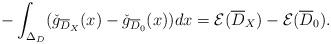
LaTeX: \begin{align*}-\int_{\Delta_D}(\check{g}_{{\overline{D}}_X}(x)-\check{g}_{{\overline{D}_0}}(x))dx=\mathcal{E}({\overline{D}}_X)-\mathcal{E}({\overline{D}_0}).\end{align*}